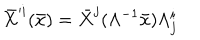
\bar { X } ^ { \prime i } ( \bar { x } ) = \bar { X } ^ { j } ( \Lambda ^ { - 1 } \bar { x } ) \Lambda _ { j } ^ { i }